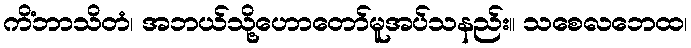
ကိံဘာသိတံ၊ အဘယ်သို့ဟောတော်မူအပ်သနည်း။ သစေလဘေထ၊